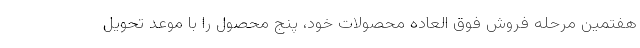
هفتمین مرحله فروش فوق العاده محصولات خود،‌ پنج محصول را با موعد تحویل